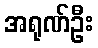
အရုဏ်ဦး